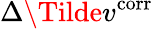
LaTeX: \Delta\Tilde{v}^{\mathrm{corr}}